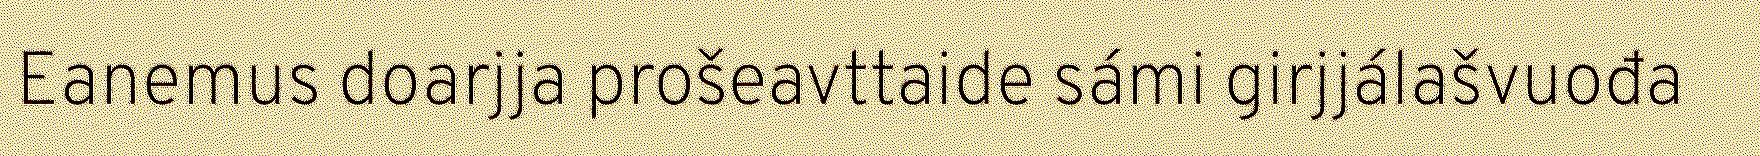
Eanemus doarjja prošeavttaide sámi girjjálašvuođa